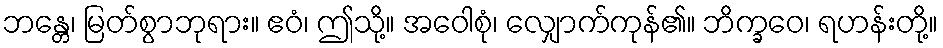
ဘန္တေ၊ မြတ်စွာဘုရား။ ဧဝံ၊ ဤသို့။ အဝေါစုံ၊ လျှောက်ကုန်၏။ ဘိက္ခဝေ၊ ရဟန်းတို့။